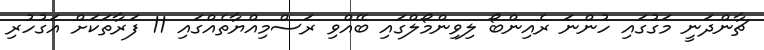
ޗާންދަނީ މަގުގައި ހުންނަ ރެއިންބޯ ލިވިންމޯލްގައި ބޭއްވި ރަސްމިއްޔާތެއްގައި 11 ފަރާތަކަށް އަގުހުރި